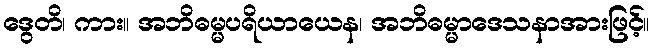
ဒွေတိ၊ ကား။ အဘိဓမ္မပရိယာယေန၊ အဘိဓမ္မာဒေသနာအားဖြင့်။